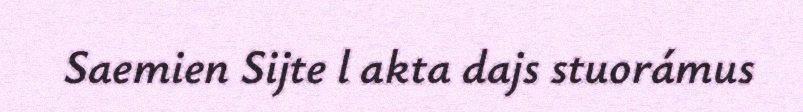
Saemien Sijte l akta dajs stuorámus